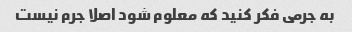
به جرمی فکر کنید که معلوم شود اصلا جرم نیست